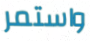
واستمر